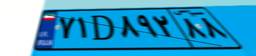
۷۱D۸۹۲۸۸